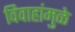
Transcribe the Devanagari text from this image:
विवाहांमुळे